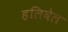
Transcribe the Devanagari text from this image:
हलिवेल